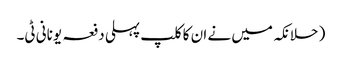
( حلانکہ میں نے ان کا کلپ پہلی دفعہ یونانی ٹی۔